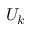
U _ { k }